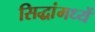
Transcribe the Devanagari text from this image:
सिद्धांमध्यें